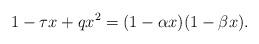
LaTeX: \begin{align*} 1 - \tau x + qx^2 = (1 - \alpha x)(1 - \beta x).\end{align*}